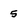
Character: 5